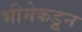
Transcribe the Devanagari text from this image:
भीमेकडून